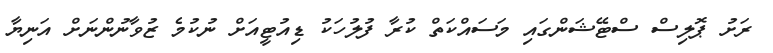
ރަށު ޕޮލިސް ސްޓޭޝަންގައި މަސައްކަތް ކުރާ ފުލުހަކު ޑިއުޓީއަށް ނުކުމެ ޒުވާނުންނަށް އަނިޔާ